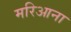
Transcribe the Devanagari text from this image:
मरिआना